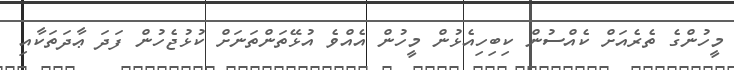
މީހުންގެ ތެރެއަށް ކެއްސުން ކިބިހިއެޅުން މީހުން އެއްވެ އުޅޭތަންތަނަށް ކުޅުޖެހުން ފަދަ ޢާދަތަކާއި